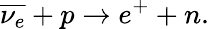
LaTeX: \overline{{\nu_{e}}}+p\to e^{+}+n.